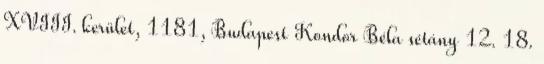
XVIII. kerület, 1181, Budapest Kondor Béla sétány 12. 18.